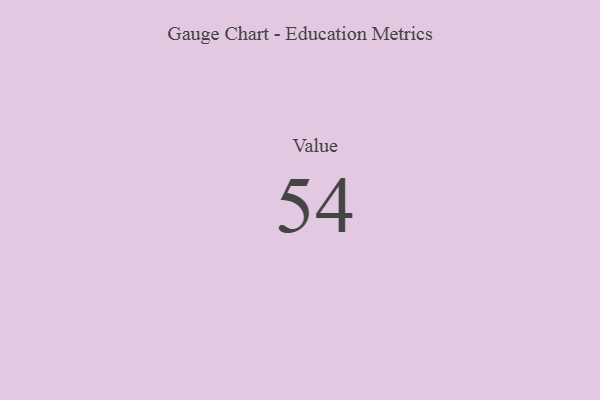
{"axis": {"x": "Metric", "y": "Value"}, "legend": [""], "data": [{"x": "Value", "y": 54, "type": ""}]}